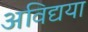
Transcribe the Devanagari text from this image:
अविद्यया